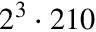
2 ^ { 3 } \cdot 2 1 0